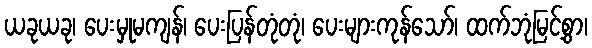
ယခုယခု၊ ပေးမှုမကျန်၊ ပေးပြန်တုံတုံ၊ ပေးများကုန်သော်၊ ထက်ဘုံမြင့်စွာ၊